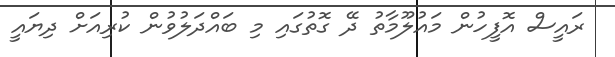
ރައީސް އޮފީހުން މައުލޫމާތު ދޭ ގޮތުގައި މި ބައްދަލުވުން ކުރިއަށް ދިޔައީ